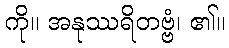
ကို။ အနုဿရိတဗ္ဗံ၊ ၏။